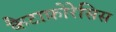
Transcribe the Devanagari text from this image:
कैटाफ़ोरेसिस